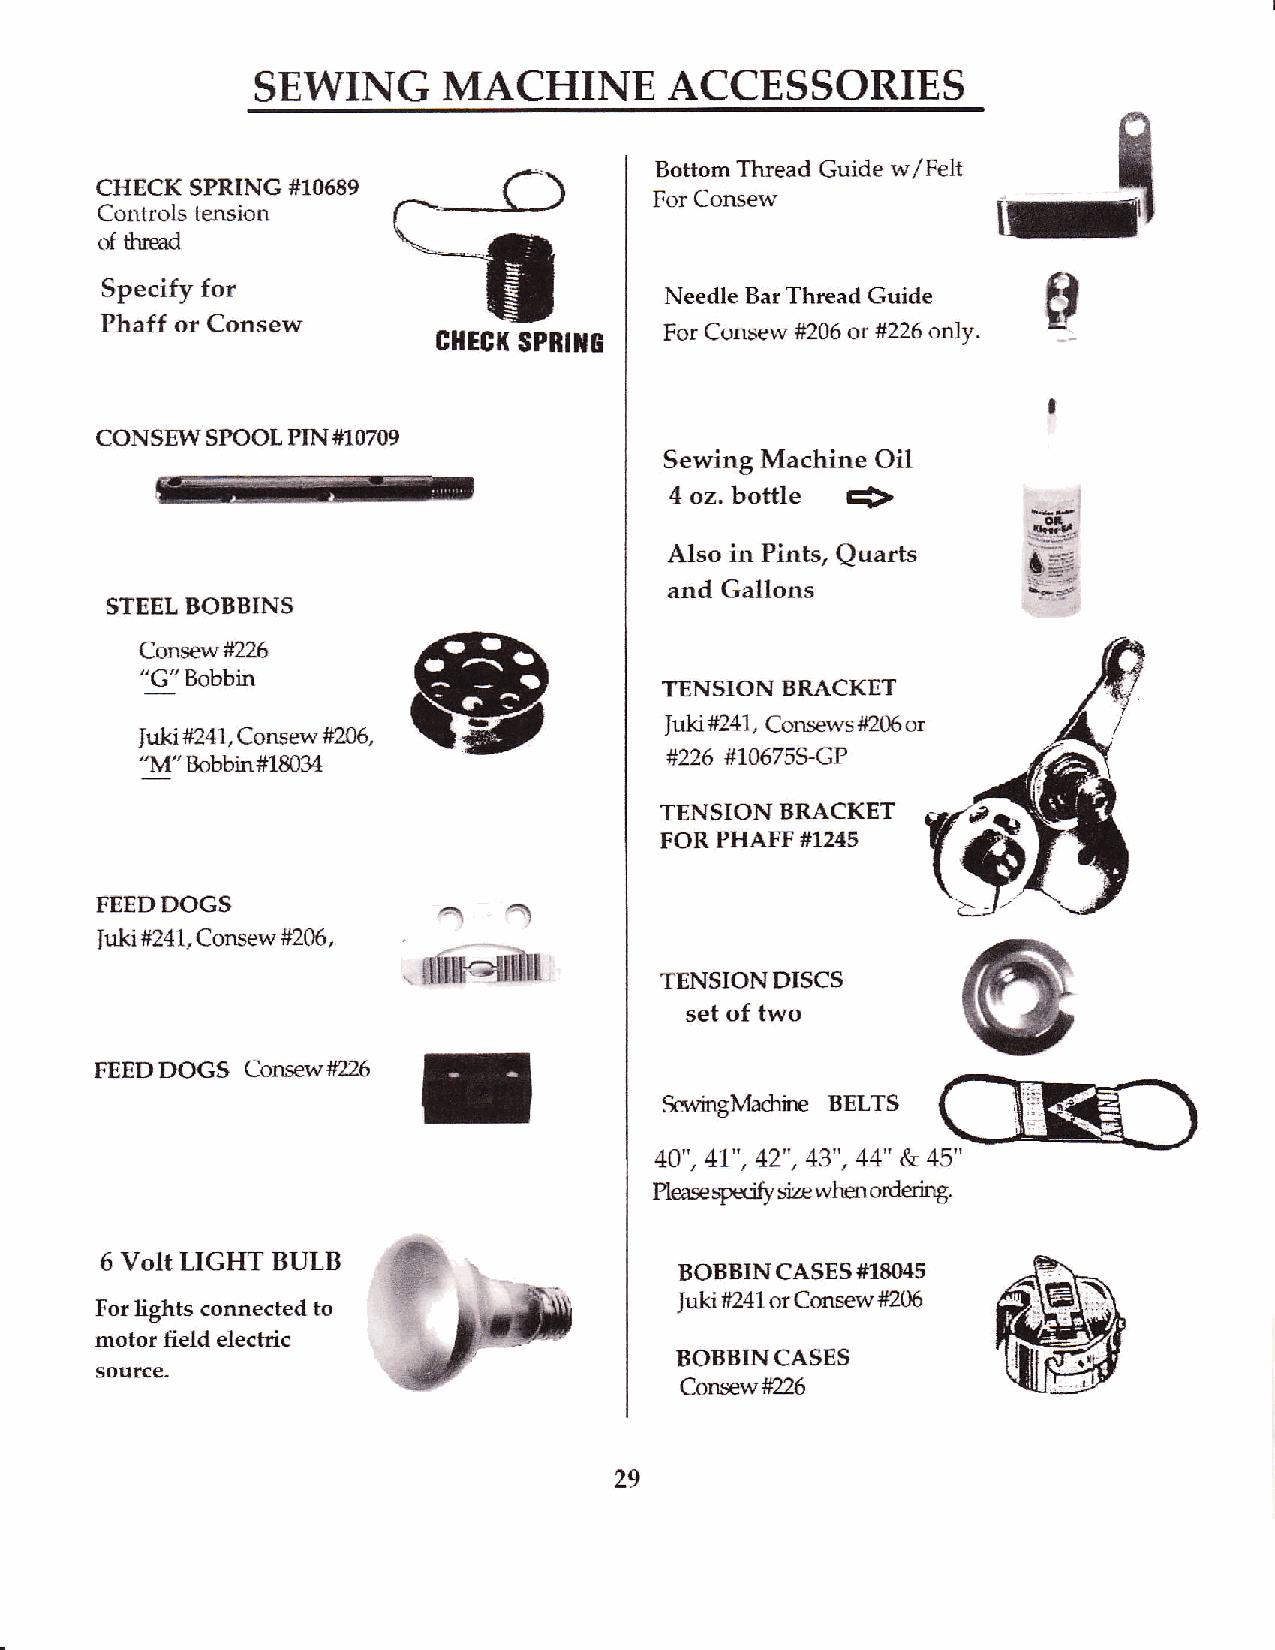
SEWING      MACHINE        ACCESSORIES
 n
 Bottom Thread Guide w/Felt rrl
 CHECK  SPRING #10689
 For Consew
 Controls tension
 of thred
 Specify for                          Needle Bat Thread Guide  ff
 Phaff or Consew
 For Consew #206 ot #226 only.
 cltEct( sPBtHE
 CONSEWSPOOL  PIN#10709
 Sewing Machine Oil
 bottle  +
 4 oz.
 Also in Pints, Quarts
 and Gallons
 STEEL BOBBINS
 Consew #226
 "G'Bobbin
 TENSION BRACKET
 lukt #241, Consews #205 or
 fuki #241 , Corusew #206,
 "IvI" Bobbin #18034                #226 #106759CP
 TENSION BRACKET
 FOR PHAFF #12{5
 FEEDDOGS
 Iu&i #241, Consew #206,
 ffi.dtfit
 TENSIONDISCS
 set of two
 E
 FEED DOGS Consw #Dj
 S$/ingMadir€ BELTS
 40", 41." , 42" , 43",44" & 45"
 -              Pleaseryecl{ysizew}st orderinS.
 6 Volt LIGTIT BULB
 BOBBINCASES#T8045
 For lights connected to                Juki #241 or Consew #206
 motor field electric
 BOBBINCASES
 soutce-
 Consew#26
 29